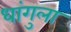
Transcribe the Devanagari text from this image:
धांगुला